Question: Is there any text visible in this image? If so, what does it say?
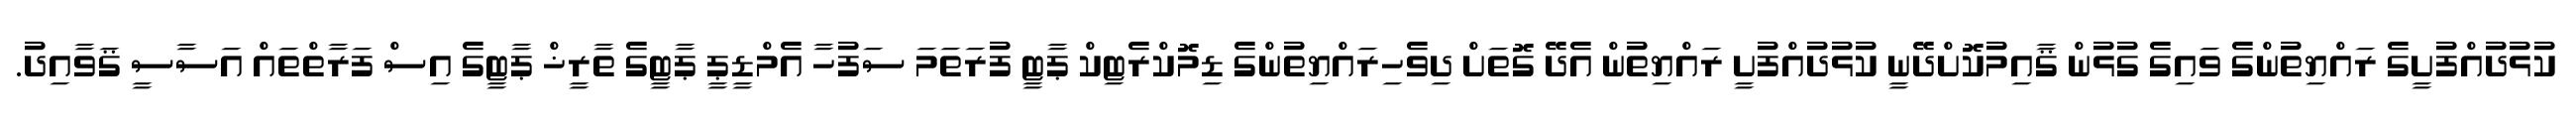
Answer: ކުޅުދުއްފުށީގެ ރައްޔިތުންގެ ވައިގެ ގުޅުން ޤާއިމުކޮށްދޭނީ ކުޅުދުއްފުށީ ރައްޔިތުން އެދޭ ގޮތަށް ދިވެހިރައްޔިތުންގެ ޑިމޮކްރެޓިކް ޕާޓީ ފުރަތަމަ ސަފުހާ އެމްޑީޕީ ޕާޓީގެ ތާރީޚް ޕާޓީގެ އިސް ފަރާތްތައް އަސާސީ ޤަވާއިދު.